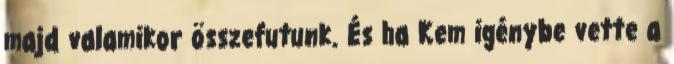
majd valamikor összefutunk. És ha Kem igénybe vette a